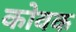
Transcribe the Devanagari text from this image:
कोवक